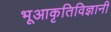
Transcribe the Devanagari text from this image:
भूआकृतिविज्ञानी